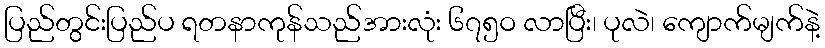
ပြည်တွင်းပြည်ပ ရတနာကုန်သည်အားလုံး ၆၇၅ဝ လာပြီး၊ ပုလဲ၊ ကျောက်မျက်နဲ့